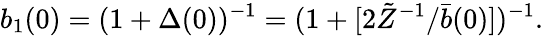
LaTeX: b_{1}(0)=(1+\Delta(0))^{-1}=(1+[2\tilde{Z}^{-1}/\bar{b}(0)])^{-1}.